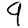
Digit: 9